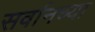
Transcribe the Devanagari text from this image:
सर्वानच्या